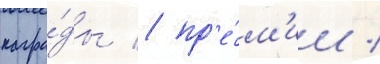
награ́ды / пр'е́м'ии /